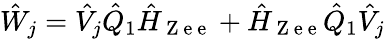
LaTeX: \hat{W}_{j}=\hat{V}_{j}\hat{Q}_{1}\hat{H}_{\mathrm{~Z~e~e~}}+\hat{H}_{\mathrm{~Z~e~e~}}\hat{Q}_{1}\hat{V}_{j}